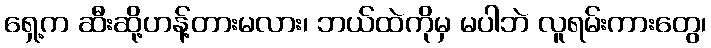
ရှေ့က ဆီးဆို့ဟန့်တားမလား၊ ဘယ်ထဲကိုမှ မပါဘဲ လူရမ်းကားတွေ၊